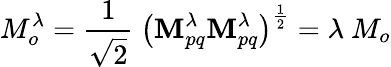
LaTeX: M_{o}^{\lambda}=\frac{1}{\sqrt{2}}~\big(\mathbf{M}_{pq}^{\lambda}\mathbf{M}_{pq}^{\lambda}\big)^{\frac{1}{2}}=\lambda~M_{o}